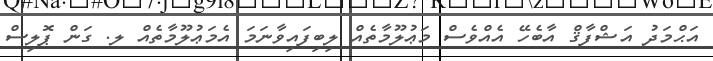
އަޙްމަދު އަޝްފާޤް އާބެހޭ އެއްވެސް މަޢުލޫމާތެއް ލިބިފައިވާނަމަ އެމަޢުލޫމާތެއް ލ. ގަން ޕޮލިސް